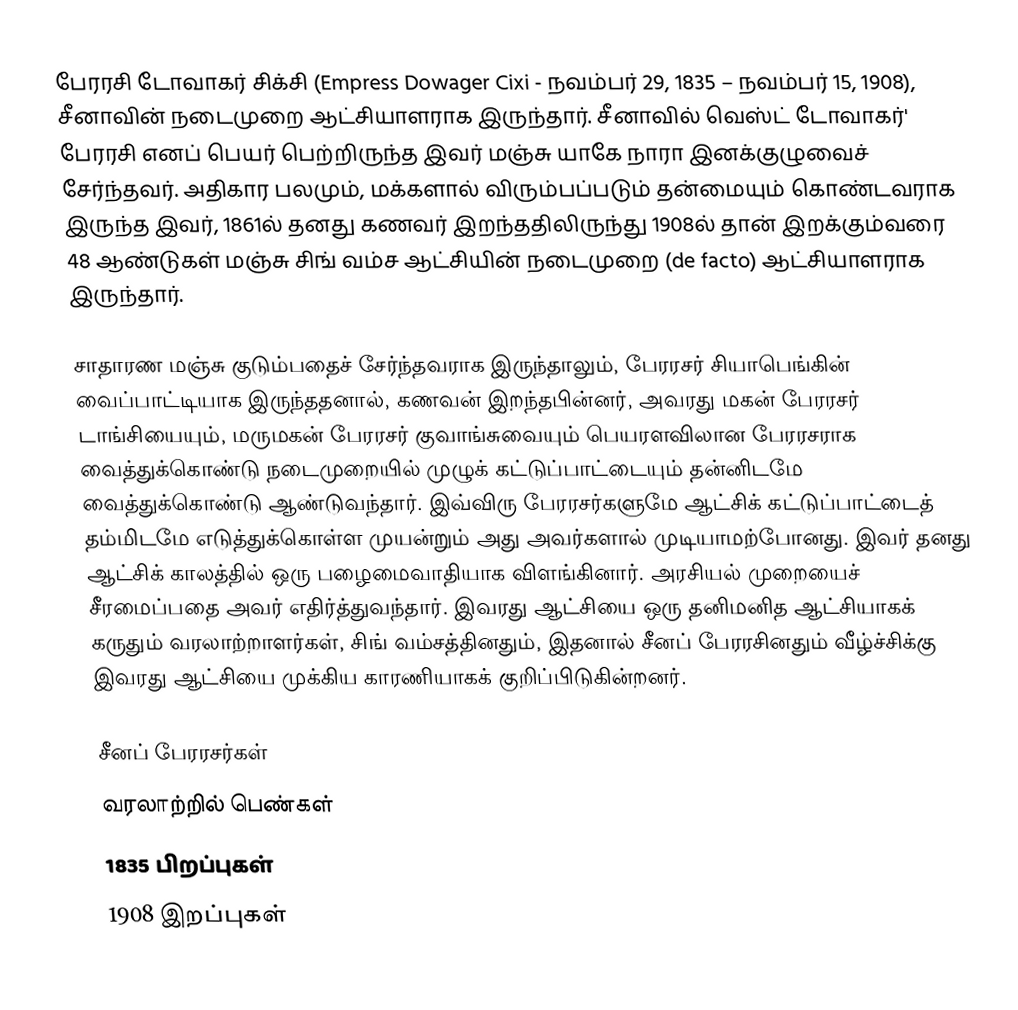
பேரரசி டோவாகர் சிக்சி (Empress Dowager Cixi - நவம்பர் 29, 1835 – நவம்பர் 15, 1908), சீனாவின் நடைமுறை ஆட்சியாளராக இருந்தார். சீனாவில் வெஸ்ட் டோவாகர்' பேரரசி எனப் பெயர் பெற்றிருந்த இவர் மஞ்சு யாகே நாரா இனக்குழுவைச் சேர்ந்தவர். அதிகார பலமும், மக்களால் விரும்பப்படும் தன்மையும் கொண்டவராக இருந்த இவர், 1861ல் தனது கணவர் இறந்ததிலிருந்து 1908ல் தான் இறக்கும்வரை 48 ஆண்டுகள் மஞ்சு சிங் வம்ச ஆட்சியின் நடைமுறை (de facto) ஆட்சியாளராக இருந்தார்.

சாதாரண மஞ்சு குடும்பதைச் சேர்ந்தவராக இருந்தாலும், பேரரசர் சியாபெங்கின் வைப்பாட்டியாக இருந்ததனால், கணவன் இறந்தபின்னர், அவரது மகன் பேரரசர் டாங்சியையும், மருமகன் பேரரசர் குவாங்சுவையும் பெயரளவிலான பேரரசராக வைத்துக்கொண்டு நடைமுறையில் முழுக் கட்டுப்பாட்டையும் தன்னிடமே வைத்துக்கொண்டு ஆண்டுவந்தார். இவ்விரு பேரரசர்களுமே ஆட்சிக் கட்டுப்பாட்டைத் தம்மிடமே எடுத்துக்கொள்ள முயன்றும் அது அவர்களால் முடியாமற்போனது. இவர் தனது ஆட்சிக் காலத்தில் ஒரு பழைமைவாதியாக விளங்கினார். அரசியல் முறையைச் சீரமைப்பதை அவர் எதிர்த்துவந்தார். இவரது ஆட்சியை ஒரு தனிமனித ஆட்சியாகக் கருதும் வரலாற்றாளர்கள், சிங் வம்சத்தினதும், இதனால் சீனப் பேரரசினதும் வீழ்ச்சிக்கு இவரது ஆட்சியை முக்கிய காரணியாகக் குறிப்பிடுகின்றனர்.

சீனப் பேரரசர்கள்
வரலாற்றில் பெண்கள்
1835 பிறப்புகள்
1908 இறப்புகள்